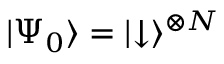
| \Psi _ { 0 } \rangle = | { \downarrow } \rangle ^ { \otimes N }